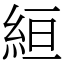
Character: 絙